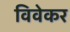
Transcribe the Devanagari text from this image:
विवेकर